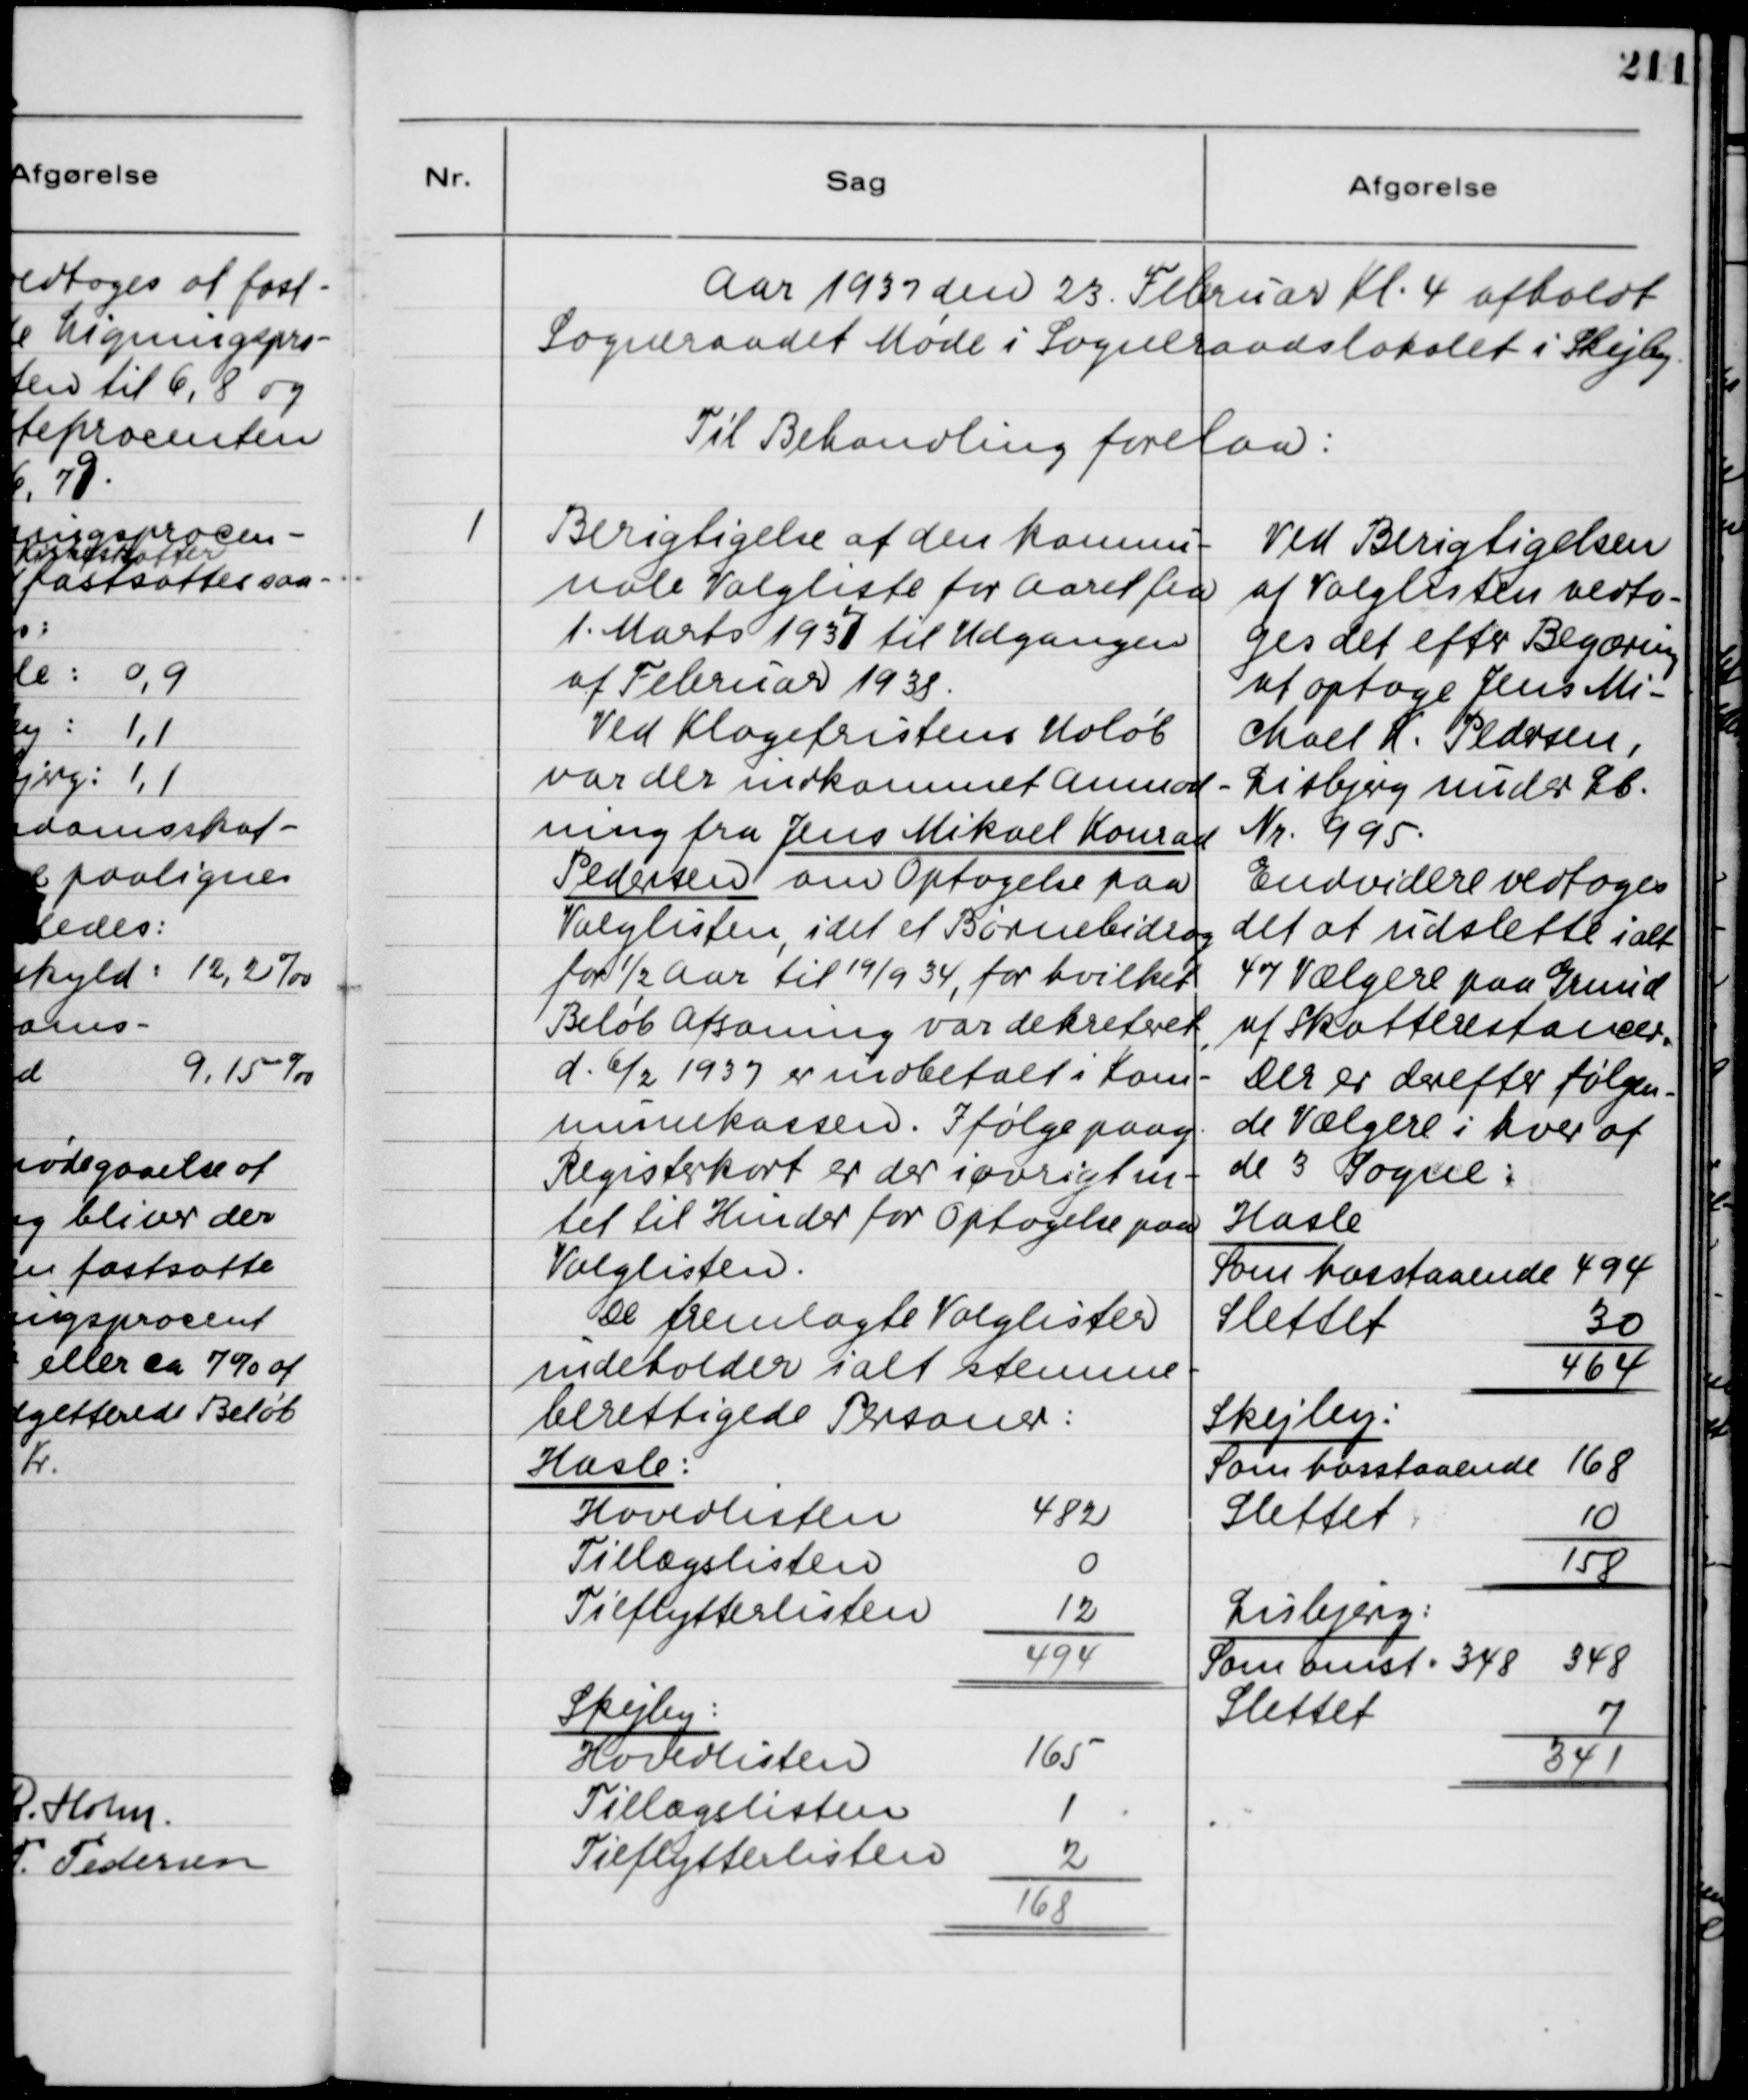
Transskription:
Aar 1937 den 23. Februar Kl. 4 afholdt
Sogneraadet Møde i Sogneraadslokalet i Skejby
Til Behandling forelaa:

1
Berigtigelse af den komnu-
nale Valgliste for Aaret fra
1. Marts 1937 til Udgangen
af Februar 1938.
Ved Klagefristens Udløb
var der indkommet Anmod-
ning fra Jens Mikael Konrad
Pedersen om Optagelse paa
Valglisten, idet et Børnebidrag
for ½ Aar til 19/9 34, for hvilket
Beløb Afsoning var dekreteret,
d. 6/2 1937 er indbetalt i Kom-
munekassen. Ifølge paag.
Registerkort er der iøvrigt in-
tet til Hinder for Optagelse paa
Valglisten.
De fremlagte Valglister
indeholder ialt stemme-
berettigede Personer:
Hasle:
Hovedlisten
482
Tillægslisten
0
Tilflytterlisten
12
-
494
=
Skejby:
Hovedlisten
165
Tillægslisten
1
Tilflytterlisten
2
-
168
=

Ved Berigtigelsen
af Valglisten vedto-
ges det efter Begæring
at optage Jens Mi-
chael K. Pedersen,
Lisbjerg under Lb.
Nr. 995.
Endvidere vedtoges
det at udslette ialt
47 Vælgere paa Grund
af Skatterestancer.
Der er derefter følgen-
de Vælgere i hver af
de 3 Sogne:
Hasle
Som hosstaaende 494
Slettet
30
-
464
=
Skejby:
Som hosstaaende 168
Slettet
10
-
158
=
Lisbjerg:
Som omst . 348 348
Slettet
7
-
341
=